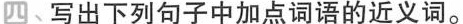
四﹑写出下列句子中加点词语的近义词。